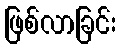
ဖြစ်လာခြင်း